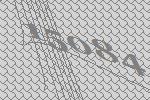
15084